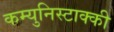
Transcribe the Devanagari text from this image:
कम्युनिस्टाक्की